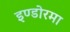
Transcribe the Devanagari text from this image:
इण्डोरमा